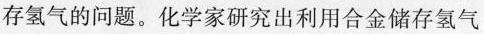
存氢气的问题。化学家研究出利用合金储存氢气